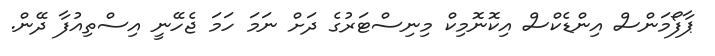
ޕާފޯމަންސް އިންޑެކްސް އިކޮނޮމިކް މިނިސްޓަރުގެ ދަށް ނަމަ ހަމަ ޖެހޭނީ އިސްތިއުފާ ދޭން.